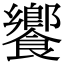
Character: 饗